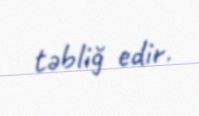
təbliğ edir.